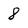
Character: 8